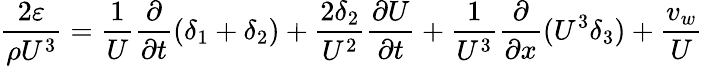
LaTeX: {\frac{2\varepsilon}{\rho U^{3}}}={\frac{1}{U}}{\frac{\partial}{\partial t}}(\delta_{1}+\delta_{2})+{\frac{2\delta_{2}}{U^{2}}}{\frac{\partial U}{\partial t}}+{\frac{1}{U^{3}}}{\frac{\partial}{\partial x}}(U^{3}\delta_{3})+{\frac{v_{w}}{U}}